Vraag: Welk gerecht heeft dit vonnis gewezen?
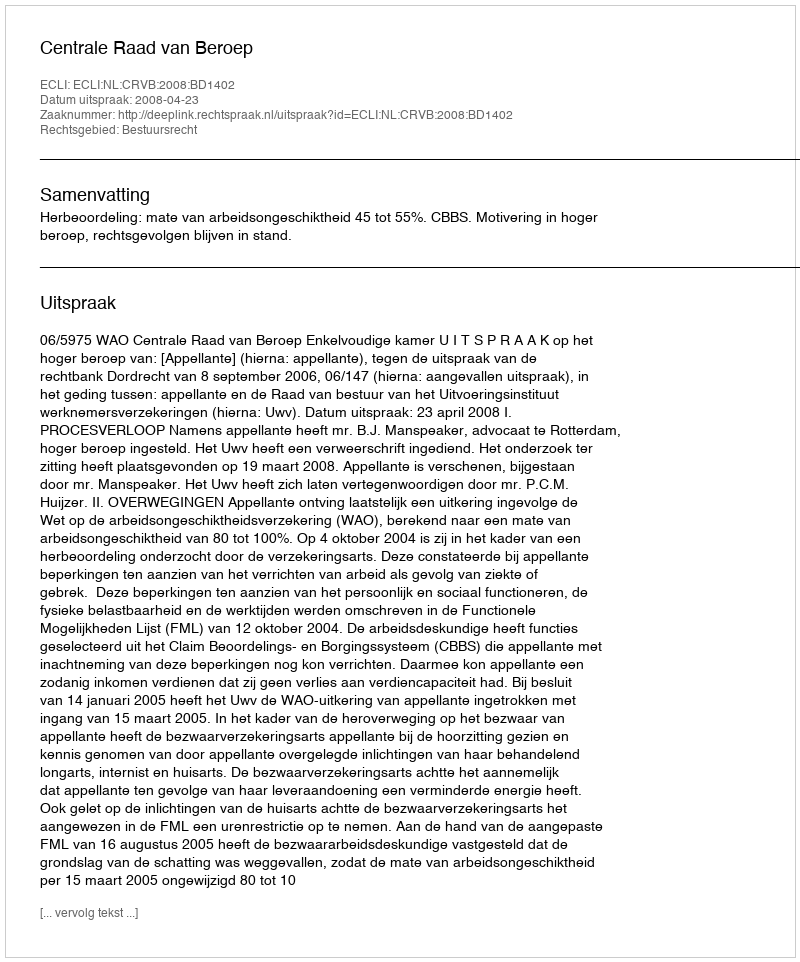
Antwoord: Centrale Raad van Beroep